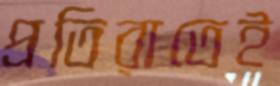
প্রতিরাতেই